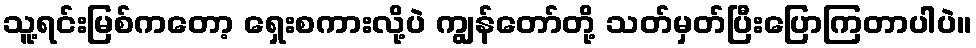
သူ့ရင်းမြစ်ကတော့ ရှေးစကားလို့ပဲ ကျွန်တော်တို့ သတ်မှတ်ပြီးပြောကြတာပါပဲ။